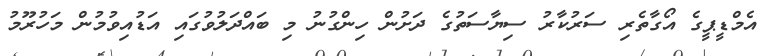
އެމްޑީޕީގެ އޯގާތެރި ސަރުކާރު ސިޔާސަތުގެ ދަށުން ހިންގުނު މި ބައްދަލުވުގައި އަޑުއިވުމުން މަހުރޫމު